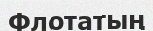
Флотатың